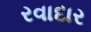
રવાદાર